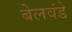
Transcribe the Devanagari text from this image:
बेलवंडे